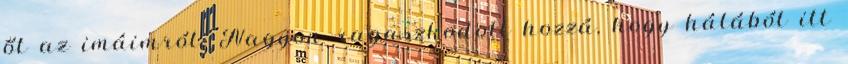
őt az imáimról. Nagyon ragaszkodott hozzá, hogy hálából itt